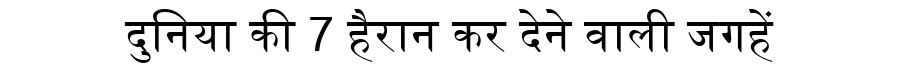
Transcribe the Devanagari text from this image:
दुनिया की 7 हैरान कर देने वाली जगहें